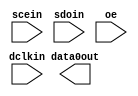


module alta_asmiblock (
    dclkin,
    scein,
    sdoin,
    data0out,
    oe
    );

//parameter coord_x  = 0;
//parameter coord_y  = 0;
//parameter coord_z  = 0;
parameter lpm_type = "alta_asmiblock";

input dclkin;
input scein;
input sdoin;
input oe;
output data0out;

endmodule  // alta_asmiblock
module alta_asyncctrl(Din, Dout);

parameter AsyncCtrlMux = 2'b10;

//parameter coord_x  = 0;
//parameter coord_y  = 0;
//parameter coord_z  = 0;
parameter lpm_type = "alta_asyncctrl";

input  Din;
output Dout;

endmodule


module alta_boot (
  i_boot,
  im_vector_sel,
  i_osc_enb,
  o_osc,
  devpor,
  devclrn,
  devoe
);

parameter coord_x  = 0;
parameter coord_y  = 0;
parameter coord_z  = 0;
parameter lpm_type = "alta_boot";

input i_boot;
input [1:0] im_vector_sel;
input i_osc_enb;
output o_osc;
input devclrn, devpor, devoe;

endmodule


module alta_bram (
  DataInA,  DataInB,
  AddressA, AddressB,
  DataOutA, DataOutB,
  Clk0, ClkEn0, AsyncReset0,
  Clk1, ClkEn1, AsyncReset1,
  WeRenA, WeRenB,
  devclrn, devpor, devoe
);
input  [17:0]  DataInA,  DataInB;
input  [11:0] AddressA, AddressB;
output [17:0] DataOutA, DataOutB;
input  Clk0, ClkEn0, AsyncReset0;
input  Clk1, ClkEn1, AsyncReset1;
input  WeRenA, WeRenB;
input  devclrn, devpor, devoe;

////parameter coord_x  = 0;
////parameter coord_y  = 0;
////parameter coord_z  = 0;
parameter lpm_type = "alta_bram";

parameter CLKMODE         = 1'b0;
parameter PORTA_WIDTH     = 4'b0000;
parameter PORTB_WIDTH     = 4'b0000;
parameter PORTA_WRITEMODE = 1'b0;
parameter PORTB_WRITEMODE = 1'b0;
parameter PORTA_WRITETHRU = 1'b0;
parameter PORTB_WRITETHRU = 1'b0;
parameter PORTA_OUTREG    = 1'b0;
parameter PORTB_OUTREG    = 1'b0;
parameter PORTB_READONLY  = 1'b0;
parameter INIT_VAL        = 4608'b0;
parameter Clk0CFG         = 2'b0;
parameter Clk1CFG         = 2'b0;

endmodule


module alta_bram9k (
  DataInA,  DataInB,
  AddressA, AddressB,
  ByteEnA,  ByteEnB,
  DataOutA, DataOutB,
  Clk0, ClkEn0, AsyncReset0,
  Clk1, ClkEn1, AsyncReset1,
  WeA, ReA, WeB, ReB,
  AddressStallA, AddressStallB,
  devclrn, devpor, devoe
);
input  [17:0]  DataInA,  DataInB;
input  [12:0] AddressA, AddressB;
input  [ 1:0]  ByteEnA,  ByteEnB;
output [17:0] DataOutA, DataOutB;
input  Clk0, ClkEn0, AsyncReset0;
input  Clk1, ClkEn1, AsyncReset1;
input  WeA, ReA, WeB, ReB;
input  AddressStallA, AddressStallB;
input  devclrn, devpor, devoe;

////parameter coord_x  = 0;
////parameter coord_y  = 0;
////parameter coord_z  = 0;
parameter lpm_type = "alta_bram9k";

parameter CLKMODE         = 2'b0;
parameter PACKEDMODE      = 1'b0;
parameter PORTA_WIDTH     = 5'b0000;
parameter PORTB_WIDTH     = 5'b0000;
parameter PORTA_WRITETHRU = 1'b0;
parameter PORTB_WRITETHRU = 1'b0;
parameter PORTA_CLKIN_EN  = 1'b0;
parameter PORTA_CLKOUT_EN = 1'b0;
parameter PORTB_CLKIN_EN  = 1'b0;
parameter PORTB_CLKOUT_EN = 1'b0;
parameter PORTA_RSTIN_EN  = 1'b0;
parameter PORTA_RSTOUT_EN = 1'b0;
parameter PORTB_RSTIN_EN  = 1'b0;
parameter PORTB_RSTOUT_EN = 1'b0;
parameter PORTA_OUTREG    = 1'b0;
parameter PORTB_OUTREG    = 1'b0;
parameter INIT_VAL        = 9216'b0;
parameter RSEN_DLY        = 2'b0;
parameter DLYTIME         = 2'b0;
parameter Clk0CFG         = 2'b0;
parameter Clk1CFG         = 2'b0;

endmodule


module alta_clk_delay_ctrl (
    clk, 
    delayctrlin, 
    disablecalibration,
    pllcalibrateclkdelayedin,
    devpor, 
    devclrn, 
    clkout
    );
   
//parameter coord_x  = 0;
//parameter coord_y  = 0;
//parameter coord_z  = 0;
parameter lpm_type = "alta_clk_delay_ctrl";

parameter behavioral_sim_delay = 0;
parameter delay_chain          = "54";  // or "1362ps"
parameter delay_chain_mode     = "static";
parameter uses_calibration     = "false";
parameter use_new_style_dq_detection  = "false";
parameter tan_delay_under_delay_ctrl_signal = "unused";
parameter delay_ctrl_sim_delay_15_0  = 512'b00000000000000000000000000000000000000000000000000000000000000000000000000000000000000000000000000000000000000000000000000000000000000000000000000000000000000000000000000000000000000000000000000000000000000000000000000000000000000000000000000000000000000000000000000000000000000000000000000000000000000000000000000000000000000000000000000000000000000000000000000000000000000000000000000000000000000000000000000000000000000000000000000000000000000000000000000000000000000000000000000000000000000000000000000000000;
parameter delay_ctrl_sim_delay_31_16 = 512'b00000000000000000000000000000000000000000000000000000000000000000000000000000000000000000000000000000000000000000000000000000000000000000000000000000000000000000000000000000000000000000000000000000000000000000000000000000000000000000000000000000000000000000000000000000000000000000000000000000000000000000000000000000000000000000000000000000000000000000000000000000000000000000000000000000000000000000000000000000000000000000000000000000000000000000000000000000000000000000000000000000000000000000000000000000000;
parameter delay_ctrl_sim_delay_47_32 = 512'b00000000000000000000000000000000000000000000000000000000000000000000000000000000000000000000000000000000000000000000000000000000000000000000000000000000000000000000000000000000000000000000000000000000000000000000000000000000000000000000000000000000000000000000000000000000000000000000000000000000000000000000000000000000000000000000000000000000000000000000000000000000000000000000000000000000000000000000000000000000000000000000000000000000000000000000000000000000000000000000000000000000000000000000000000000000;
parameter delay_ctrl_sim_delay_63_48 = 512'b00000000000000000000000000000000000000000000000000000000000000000000000000000000000000000000000000000000000000000000000000000000000000000000000000000000000000000000000000000000000000000000000000000000000000000000000000000000000000000000000000000000000000000000000000000000000000000000000000000000000000000000000000000000000000000000000000000000000000000000000000000000000000000000000000000000000000000000000000000000000000000000000000000000000000000000000000000000000000000000000000000000000000000000000000000000;

input clk; 
input [5:0] delayctrlin; 
input disablecalibration;
input pllcalibrateclkdelayedin;
input devpor; 
input devclrn; 
output clkout;
   
endmodule

module alta_clkctrl(
    inclk, 
    clkselect, 
    ena, 
    devpor, 
    devclrn, 
    outclk
    );
   
//parameter coord_x  = 0;
//parameter coord_y  = 0;
//parameter coord_z  = 0;
parameter lpm_type = "alta_clkctrl";

parameter clock_type = "auto";
parameter ena_register_mode = "falling edge";

input [3:0] inclk;
input [1:0] clkselect;
input ena; 
input devpor; 
input devclrn; 
output outclk;

endmodule


module alta_clkenctrl(ClkIn, ClkEn, ClkOut);

parameter ClkMux = 2'b10;
parameter ClkEnMux = 2'b10;

//parameter coord_x  = 0;
//parameter coord_y  = 0;
//parameter coord_z  = 0;
parameter lpm_type = "alta_clkenctrl";

input ClkIn, ClkEn;
output ClkOut;

endmodule


module alta_crcblock (
    clk,
    shiftnld,
    ldsrc,
    crcerror,
    regout
    );

input clk;
input shiftnld;
input ldsrc;
output crcerror;
output regout;

//parameter coord_x  = 0;
//parameter coord_y  = 0;
//parameter coord_z  = 0;
parameter lpm_type = "alta_crcblock";

parameter oscillator_divider = 1;

endmodule

module alta_dio (
  padio, datain, datainh, oe, outclk, outclkena, inclk, inclkena, areset, sreset, combout, regout,
  devclrn, devpor, devoe, differentialin, differentialout, linkin, linkout
);

inout  padio;
input  datain, datainh, oe, outclk, outclkena, inclk, inclkena, areset, sreset;
output combout, regout;
input  devclrn, devpor, devoe;
input  linkin;
input  differentialin;
output differentialout;
output linkout;

parameter lpm_type = "alta_dio";

parameter IN_ASYNC_MODE     = 1'b0;
parameter IN_SYNC_MODE      = 1'b0;
parameter IN_POWERUP        = 1'b0;
parameter IN_ASYNC_DISABLE  = 1'b0;
parameter IN_SYNC_DISABLE   = 1'b0;
parameter OUT_REG_MODE      = 1'b0;
parameter OUT_ASYNC_MODE    = 1'b0;
parameter OUT_SYNC_MODE     = 1'b0;
parameter OUT_POWERUP       = 1'b0;
parameter OUT_CLKEN_DISABLE = 1'b0;
parameter OUT_ASYNC_DISABLE = 1'b0;
parameter OUT_SYNC_DISABLE  = 1'b0;
parameter OUT_DDIO          = 1'b0;
parameter OE_REG_MODE       = 1'b0;
parameter OE_ASYNC_MODE     = 1'b0;
parameter OE_SYNC_MODE      = 1'b0;
parameter OE_POWERUP        = 1'b0;
parameter OE_CLKEN_DISABLE  = 1'b0;
parameter OE_ASYNC_DISABLE  = 1'b0;
parameter OE_SYNC_DISABLE   = 1'b0;
parameter OE_DDIO           = 1'b0;
parameter inclkCFG          = 2'b0;
parameter outclkCFG         = 2'b0;

parameter CFG_TRI_INPUT     = 1'b0;
parameter CFG_PULL_UP       = 1'b0;
parameter CFG_OPEN_DRAIN    = 1'b0;
parameter CFG_ROCT_CAL_EN   = 1'b0;
parameter CFG_PDRV          = 7'b0010000;
parameter CFG_NDRV          = 7'b0010000;
parameter CFG_KEEP          = 2'b0;
parameter CFG_LVDS_OUT_EN   = 1'b0;
parameter CFG_LVDS_SEL_CUA  = 3'b0;
parameter CFG_LVDS_IREF     = 10'b0110000000;
parameter CFG_LVDS_IN_EN    = 1'b0;
parameter CFG_SSTL_OUT_EN   = 1'b0;
parameter CFG_SSTL_INPUT_EN = 1'b0;
parameter CFG_SSTL_SEL_CUA  = 3'b011;
parameter CFG_OSCDIV        = 2'b0;
parameter CFG_ROCTUSR       = 1'b0;
parameter CFG_SEL_CUA       = 1'b0;
parameter CFG_ROCT_EN       = 1'b0;

parameter OUT_DELAY      = 1'b0;
parameter IN_DATA_DELAY  = 3'b0;
parameter IN_REG_DELAY   = 3'b0;
parameter DPCLK_DELAY    = 4'b0;

endmodule

module alta_dpclkdel(clkin, clkout);
input  clkin;
output clkout;
endmodule

module alta_gclkgen(clkin, ena, clkout);
input  clkin, ena;
output clkout;
parameter ena_reg_mode = 1'b0;
endmodule

module alta_gclkgen2(clkin, ena, mode, clkout);
input  clkin, ena, mode;
output clkout;

endmodule

module alta_gclksel(clkin, select, clkout);
input  [3:0] clkin;
input  [1:0] select;
output clkout;
endmodule

module alta_i2c (
  Clk, Rst,
  WrRdn, Strobe,
  Sdai, Scli,
  DataIn, Address,
  Wakeup, Irq, Ack,
  Sdao, Sclo,
  DataOut,
  devpor,
  devclrn,
  devoe
);
input Clk, Rst;
input WrRdn, Strobe;
input Sdai, Scli;
input [7:0] DataIn;
input [7:0] Address;
output Wakeup, Irq, Ack;
output Sdao, Sclo;
output [7:0] DataOut;
input devclrn, devpor, devoe;

parameter lpm_type = "alta_i2c";
parameter SLOT_ID = 4'b0000;
parameter ClkCFG  = 2'b0;

endmodule


module alta_io (
    datain, oe,
    outclk, outclkena, inclk, inclkena, areset, sreset,
    devclrn, devpor, devoe,
    linkin,
    differentialin,
    differentialout,
    padio,
    combout, regout,
    linkout
    );

parameter PRG_DELAYB = "1'bx";
parameter RX_SEL     = "1'bx";
parameter PDCNTL     = "2'bxx";
parameter NDCNTL     = "2'bxx";
parameter PRG_SLR    = "1'bx";
parameter CFG_KEEP   = "2'bxx";
parameter PU         = "4'bxxxx";

parameter PRG_DELAYB_P = "1'bx";
parameter RX_SEL_P     = "1'bx";
parameter PDCNTL_P     = "2'bxx";
parameter NDCNTL_P     = "2'bxx";
parameter PRG_SLR_P    = "1'bx";
parameter CFG_KEEP_P   = "2'bxx";

parameter PRG_DELAYB_N = "1'bx";
parameter RX_SEL_N     = "1'bx";
parameter PDCNTL_N     = "2'bxx";
parameter NDCNTL_N     = "2'bxx";
parameter PRG_SLR_N    = "1'bx";
parameter CFG_KEEP_N   = "2'bxx";

parameter LVDS_RSDS_IREF   = "12'bxxxxxxxxxxxx";
parameter CFG_LVDS_RSDS_EN = "1'bx";

//parameter coord_x  = 0;
//parameter coord_y  = 0;
//parameter coord_z  = 0;
parameter lpm_type = "alta_io";

parameter operation_mode = "input";
parameter open_drain_output = "false";
parameter bus_hold = "false";

inout	padio;
input	datain, oe;
input	outclk, outclkena, inclk, inclkena, areset, sreset;
input	devclrn, devpor, devoe;
input   linkin;
input	differentialin;
output	differentialout;
output	combout, regout;
output  linkout;

endmodule


module alta_io_gclk(
    inclk, 
    outclk
    );
   
//parameter coord_x  = 0;
//parameter coord_y  = 0;
//parameter coord_z  = 0;
parameter lpm_type = "alta_io_gclk";

parameter clock_type = "global clock";
parameter ena_register_mode = "none";

input  inclk;
output outclk;

endmodule

module alta_irda (
  ir_clk, ir_reset,
  cal_en, tia_reset,
  pu_ivref, pu_pga, pu_dac,
  vip, vin,
  irx_data, cal_ready, dac_cal_reg,
  devpor, devclrn, devoe
);
input ir_clk;
input ir_reset;
input cal_en;
input pu_ivref;
input pu_pga;
input pu_dac;
input tia_reset;
input vip;
input vin;
output irx_data;
output cal_ready;
output [7:0] dac_cal_reg;
input devclrn, devpor, devoe;

parameter lpm_type = "alta_irda";
parameter CFG_IRIP_EN         = 1'b1;
parameter CLK_SEL_SYS         = 1'b0;
parameter CLK_DIV_CMP_SYS     = 3'b010;
parameter CLK_DIV_SYS         = 3'b010;
parameter PU_HYSTER_SYS       = 1'b0;
parameter REG_BYPASS_SYS      = 1'b0;
parameter OUTPUT_SEL_SYS      = 1'b0;
parameter CAL_READY_REG_SYS   = 1'b0;
parameter CAL_READY_DR_SYS    = 1'b0;
parameter CAL_TIME_SYS        = 2'b10;
parameter CAL_DELAY_SYS       = 2'b10;
parameter CAL_SPEED_SYS       = 2'b10;
parameter DC_ACC_GAIN_SYS     = 3'b001;
parameter BYPASS_DC_CALC_SYS  = 1'b0;
parameter DC_TIME_SEL_SYS     = 3'b0;
parameter REG_VBIT_SYS        = 2'b01;
parameter RX_CAL_BIT_SYS      = 8'b10000000;
parameter RX_CAL_BIT_DR_SYS   = 1'b0;
parameter RX_DC_POLARITY_SYS  = 1'b0;
parameter RX_CAL_POLARITY_SYS = 1'b0;
parameter DC_GAIN_SYS         = 5'b10000;
parameter DAC_GAIN_SYS        = 2'b01;
parameter DAC_RANGE_SYS       = 2'b01;
parameter PGA_CAP_BIT_SYS     = 4'b1000;
parameter PGA_CAP_EN_SYS      = 1'b0;
parameter PGA_CAL_MODE_SYS    = 1'b0;
parameter PGA_GAIN2_SYS       = 2'b01;
parameter PGA_GAIN_SYS        = 3'b100;
parameter DIFF_EN_SYS         = 1'b0;
parameter TIA_GAIN_SYS        = 2'b01;
parameter BG_SEL_SYS          = 1'b0;

endmodule


module alta_jtag (
    tdouser,
    tmsutap,
    tckutap,
    tdiutap,
    shiftuser,
    clkdruser,
    updateuser,
    runidleuser,
    usr1user
    );

//parameter coord_x  = 0;
//parameter coord_y  = 0;
//parameter coord_z  = 0;
parameter lpm_type = "alta_jtag";

input tdouser;

output tmsutap;
output tckutap;
output tdiutap;
output shiftuser;
output clkdruser;
output updateuser;
output runidleuser;
output usr1user;

endmodule


module alta_mac_mult(
    dataa, 
    datab,
    signa, 
    signb,
    clk, 
    aclr, 
    ena,
    dataout,
    devclrn,
    devpor
    );
    
//parameter coord_x  = 0;
//parameter coord_y  = 0;
//parameter coord_z  = 0;
parameter lpm_type = "alta_mac_mult";

parameter dataa_width   = 18;
parameter datab_width   = 18;
parameter dataa_clock	= "none";
parameter datab_clock	= "none";
parameter signa_clock	= "none"; 
parameter signb_clock	= "none";
parameter lpm_hint      = "true";

input [dataa_width-1:0] dataa;
input [datab_width-1:0] datab;
input signa;
input signb;
input clk;
input aclr;
input ena;
input devclrn;
input devpor;
output [dataa_width+datab_width-1:0]	dataout;
    
endmodule


module alta_mac_out (
    dataa, 
    clk,
    aclr,
    ena,
    dataout,
    devclrn,
    devpor
    );
 
//parameter coord_x  = 0;
//parameter coord_y  = 0;
//parameter coord_z  = 0;
parameter lpm_type = "alta_mac_out";

parameter dataa_width   = 36;
parameter lpm_hint      = "true";
parameter output_clock  = "none";

input	[dataa_width-1:0]	dataa;
output	[dataa_width-1:0]	dataout;
input   clk;
input   aclr;
input   ena;
input 	devclrn;
input 	devpor;

endmodule

module alta_mcu (
  CLK,
  JTCK,
  POR_n,
  EXT_CPU_RST_n,
  JTRST_n,
  UART_RXD,
  UART_CTS_n,
  JTDI,
  JTMS,
  EXT_RAM_EN,
  EXT_RAM_WR,
  EXT_RAM_ADDR,
  EXT_RAM_BYTE_EN,
  EXT_RAM_WDATA,
  FLASH_BIAS,
  HRESP_EXT,
  HREADY_OUT_EXT,
  HRDATA_EXT,
  HTRANS_EXT,
  HADDR_EXT,
  HWRITE_EXT,
  HSEL_EXT,
  HWDATA_EXT,
  HSIZE_EXT,
  HREADY_IN_EXT,
  FLASH_SCK,
  FLASH_CS_n,
  UART_TXD,
  UART_RTS_n,
  JTDO,
  EXT_RAM_RDATA,
  FLASH_IO0_SI,
  FLASH_IO1_SO,
  FLASH_IO2_WPn,
  FLASH_IO3_HOLDn,
  FLASH_IO0_SI_i,
  FLASH_IO1_SO_i,
  FLASH_IO2_WPn_i,
  FLASH_IO3_HOLDn_i,
  FLASH_SI_OE,
  FLASH_SO_OE,
  WPn_IO2_OE,
  HOLDn_IO3_OE,
  GPIO0_I,
  GPIO1_I,
  GPIO2_I,
  GPIO0_O,
  GPIO1_O,
  GPIO2_O,
  nGPEN0,
  nGPEN1,
  nGPEN2,
  devpor,
  devclrn,
  devoe
);
input CLK;
input JTCK;
input POR_n;
input EXT_CPU_RST_n;
input JTRST_n;
input UART_RXD;
input UART_CTS_n;
input JTDI;
input JTMS;
input EXT_RAM_EN;
input EXT_RAM_WR;
input [13:0] EXT_RAM_ADDR;
input [3:0] EXT_RAM_BYTE_EN;
input [31:0] EXT_RAM_WDATA;
input [23:0] FLASH_BIAS;
input [1:0] HRESP_EXT;
input HREADY_OUT_EXT;
input [31:0] HRDATA_EXT;
output [1:0] HTRANS_EXT;
output [31:0] HADDR_EXT;
output HWRITE_EXT;
output HSEL_EXT;
output [31:0] HWDATA_EXT;
output [2:0] HSIZE_EXT;
output HREADY_IN_EXT;
output FLASH_SCK;
output FLASH_CS_n;
output UART_TXD;
output UART_RTS_n;
output JTDO;
output [31:0] EXT_RAM_RDATA;
output FLASH_IO0_SI;
output FLASH_IO1_SO;
output FLASH_IO2_WPn;
output FLASH_IO3_HOLDn;
input  FLASH_IO0_SI_i;
input  FLASH_IO1_SO_i;
input  FLASH_IO2_WPn_i;
input  FLASH_IO3_HOLDn_i;
output FLASH_SI_OE;
output FLASH_SO_OE;
output WPn_IO2_OE;
output HOLDn_IO3_OE;
input [7:0]  GPIO0_I;
input [7:0]  GPIO1_I;
input [7:0]  GPIO2_I;
output [7:0] GPIO0_O;
output [7:0] GPIO1_O;
output [7:0] GPIO2_O;
output [7:0] nGPEN0;
output [7:0] nGPEN1;
output [7:0] nGPEN2;
input  devclrn, devpor, devoe;
parameter CLKCFG = 2'b0;
endmodule

module alta_mcu_m3 (
  CLK,
  JTCK,
  POR_n,
  EXT_CPU_RST_n,
  JTRST_n,
  UART_RXD,
  UART_CTS_n,
  JTDI,
  JTMS,
  SWDO,         
  SWDOEN,         
  EXT_RAM_EN,
  EXT_RAM_WR,
  EXT_RAM_ADDR,
  EXT_RAM_BYTE_EN,
  EXT_RAM_WDATA,
  HRESP_EXT,
  HREADY_OUT_EXT,
  HRDATA_EXT,
  HTRANS_EXT,
  HADDR_EXT,
  HWRITE_EXT,
  HSEL_EXT,
  HWDATA_EXT,
  HSIZE_EXT,
  HREADY_IN_EXT,
  HRESP_EXTM,
  HREADY_OUT_EXTM,
  HRDATA_EXTM,
  HTRANS_EXTM,
  HADDR_EXTM,
  HWRITE_EXTM,
  HSEL_EXTM,
  HWDATA_EXTM,
  HSIZE_EXTM,
  HREADY_IN_EXTM,
  HBURSTM,
  HPROTM,
  FLASH_SCK,
  FLASH_CS_n,
  UART_TXD,
  UART_RTS_n,
  JTDO,
  EXT_RAM_RDATA,
  FLASH_IO0_SI,
  FLASH_IO1_SO,
  FLASH_IO2_WPn,
  FLASH_IO3_HOLDn,
  FLASH_IO0_SI_i,
  FLASH_IO1_SO_i,
  FLASH_IO2_WPn_i,
  FLASH_IO3_HOLDn_i,
  FLASH_SI_OE,
  FLASH_SO_OE,
  WPn_IO2_OE,
  HOLDn_IO3_OE,
  GPIO0_I,
  GPIO1_I,
  GPIO2_I,
  GPIO0_O,
  GPIO1_O,
  GPIO2_O,
  nGPEN0,
  nGPEN1,
  nGPEN2,
  devpor,
  devclrn,
  devoe
);
input CLK;
input JTCK;
input POR_n;
input EXT_CPU_RST_n;
input JTRST_n;
input UART_RXD;
input UART_CTS_n;
input JTDI;
input JTMS;
output SWDO;         
output SWDOEN;         
input EXT_RAM_EN;
input EXT_RAM_WR;
input [14:0] EXT_RAM_ADDR;
input [3:0] EXT_RAM_BYTE_EN;
input [31:0] EXT_RAM_WDATA;
input [1:0] HRESP_EXT;
input HREADY_OUT_EXT;
input [31:0] HRDATA_EXT;
output [1:0] HTRANS_EXT;
output [31:0] HADDR_EXT;
output HWRITE_EXT;
output HSEL_EXT;
output [31:0] HWDATA_EXT;
output [2:0] HSIZE_EXT;
output HREADY_IN_EXT;
output [1:0] HRESP_EXTM;
output HREADY_OUT_EXTM;
output [31:0] HRDATA_EXTM;
input [1:0] HTRANS_EXTM;
input [31:0] HADDR_EXTM;
input HWRITE_EXTM;
input HSEL_EXTM;
input [31:0] HWDATA_EXTM;
input [2:0] HSIZE_EXTM;
input HREADY_IN_EXTM;	
input [2:0]   HBURSTM;
input [3:0]   HPROTM;
output FLASH_SCK;
output FLASH_CS_n;
output UART_TXD;
output UART_RTS_n;
output JTDO;
output [31:0] EXT_RAM_RDATA;
output FLASH_IO0_SI;
output FLASH_IO1_SO;
output FLASH_IO2_WPn;
output FLASH_IO3_HOLDn;
input  FLASH_IO0_SI_i;
input  FLASH_IO1_SO_i;
input  FLASH_IO2_WPn_i;
input  FLASH_IO3_HOLDn_i;
output FLASH_SI_OE;
output FLASH_SO_OE;
output WPn_IO2_OE;
output HOLDn_IO3_OE;
input [7:0]  GPIO0_I;
input [7:0]  GPIO1_I;
input [7:0]  GPIO2_I;
output [7:0] GPIO0_O;
output [7:0] GPIO1_O;
output [7:0] GPIO2_O;
output [7:0] nGPEN0;
output [7:0] nGPEN1;
output [7:0] nGPEN2;
input  devclrn, devpor, devoe;
parameter FLASH_BIAS = 24'b0;
parameter CLK_FREQ   = 8'b0;
parameter BOOT_DELAY = 1'b0;
parameter CLKCFG     = 2'b0;
endmodule

module alta_mult (
  Clk, ClkEn, AsyncReset,
  SignA, SignB,
  DataInA0, DataInB0, DataInA1, DataInB1,
  DataOut0, DataOut1,
  devpor,
  devclrn,
  devoe
);
input  Clk, ClkEn, AsyncReset;
input  SignA, SignB;
input  [8:0] DataInA0, DataInB0, DataInA1, DataInB1;
output [17:0] DataOut0, DataOut1;
input  devclrn, devpor, devoe;

parameter lpm_type = "alta_mult";
parameter MULT_MODE    = 1'b0; // 0: 18x18, 1: 9x9
parameter PORTA_INREG0 = 1'b0;
parameter PORTA_INREG1 = 1'b0;
parameter PORTB_INREG0 = 1'b0;
parameter PORTB_INREG1 = 1'b0;
parameter SIGNA_REG    = 1'b0;
parameter SIGNB_REG    = 1'b0;
parameter OUTREG0      = 1'b0;
parameter OUTREG1      = 1'b0;
parameter ClkCFG       = 2'b0;

endmodule

module alta_multm (
  Clk0, ClkEn0, AsyncReset0,
  Clk1, ClkEn1, AsyncReset1,
  SignA, SignB, SignW,
  InModeA, InModeB, InModeW,
  AddSub0, AddSub1,
  OpMode,
  OutMode,
  DataInA0, DataInA1, DataCinA0, DataCinA1,
  DataInB0, DataInB1, DataCinB0, DataCinB1,
  DataInW0, DataInW1, DataCinW0, DataCinW1,
  DataCoutA0, DataCoutA1,
  DataCoutB0, DataCoutB1,
  DataCoutW0, DataCoutW1,
  DataOutCin0, DataOutCin1,
  DataOutCout0, DataOutCout1,
  DataOut0, DataOut1,
  devpor,
  devclrn,
  devoe
);
input  Clk0, ClkEn0, AsyncReset0;
input  Clk1, ClkEn1, AsyncReset1;
input  SignA, SignB, SignW;
input  InModeA, InModeB, InModeW;
input  AddSub0, AddSub1;
input  [1:0] OpMode;
input  [1:0] OutMode;
input  [8:0] DataInA0, DataInA1, DataCinA0, DataCinA1;
input  [8:0] DataInB0, DataInB1, DataCinB0, DataCinB1;
input  [8:0] DataInW0, DataInW1, DataCinW0, DataCinW1;
output [8:0] DataCoutA0, DataCoutA1;
output [8:0] DataCoutB0, DataCoutB1;
output [8:0] DataCoutW0, DataCoutW1;
input  [35:0] DataOutCin0, DataOutCin1;
output [35:0] DataOutCout0, DataOutCout1;
output [17:0] DataOut0, DataOut1;
input  devclrn, devpor, devoe;

parameter lpm_type = "alta_multm";
parameter MULT_MODE     = 2'b0;
parameter PORTA_ASYNC   = 1'b0;
parameter PORTB_ASYNC   = 1'b0;
parameter PORTW_ASYNC   = 1'b0;
parameter SIGNA_ASYNC   = 1'b0;
parameter SIGNB_ASYNC   = 1'b0;
parameter SIGNW_ASYNC   = 1'b0;
parameter ADDSUB0_ASYNC = 1'b0;
parameter ADDSUB1_ASYNC = 1'b0;
parameter OPMODE_ASYNC  = 1'b0;
parameter MULTA_ASYNC   = 1'b0;
parameter MULTB_ASYNC   = 1'b0;
parameter ACCUA_ASYNC   = 1'b0;
parameter ACCUB_ASYNC   = 1'b0;
parameter OUT0_ASYNC    = 1'b0;
parameter OUT1_ASYNC    = 1'b0;
parameter PORTA0_CLK    = 2'b0;
parameter PORTA1_CLK    = 2'b0;
parameter PORTB0_CLK    = 2'b0;
parameter PORTB1_CLK    = 2'b0;
parameter PORTW0_CLK    = 2'b0;
parameter PORTW1_CLK    = 2'b0;
parameter SIGNA_CLK     = 2'b0;
parameter SIGNB_CLK     = 2'b0;
parameter SIGNW_CLK     = 2'b0;
parameter ADDSUB0_CLK   = 2'b0;
parameter ADDSUB1_CLK   = 2'b0;
parameter OPMODE_CLK    = 2'b0;
parameter MULTA_CLK     = 2'b0;
parameter MULTB_CLK     = 2'b0;
parameter ACCUA_CLK     = 2'b0;
parameter ACCUB_CLK     = 2'b0;
parameter OUT0_CLK      = 2'b0;
parameter OUT1_CLK      = 2'b0;
parameter Clk0CFG       = 2'b0;
parameter Clk1CFG       = 2'b0;

endmodule

module alta_oct (
  clkusr, rstnusr,
  octdone, octdoneuser,
  rupcompout, rdncompout,
  rupoctcalnout, rdnoctcalnout
);
input  clkusr, rstnusr;
output octdone, octdoneuser;
output rupcompout, rdncompout;
output rupoctcalnout, rdnoctcalnout;

parameter OCT_CLKDIV = 2'b00;
parameter OCT_EN     = 1'b0;
parameter OCT_USR    = 1'b0;

endmodule

module alta_osc (
  i_osc_enb, o_osc,
  devpor, devclrn, devoe
);
input  i_osc_enb;
output o_osc;
input  devclrn, devpor, devoe;
endmodule


module alta_pll (
  clkin,
  clkfb,
  pllen,
  resetn,
  pfden,
  clkout0,
  clkout1,
  lock,
  devpor,
  devclrn,
  devoe
);

//parameter coord_x  = 0;
//parameter coord_y  = 0;
//parameter coord_z  = 0;
parameter lpm_type = "alta_pll";

parameter CLKIN_DIV     = 6'h1;
parameter CLKFB_DIV     = 6'h1;
parameter CLKOUT0_DIV   = 6'h3f;
parameter CLKOUT1_DIV   = 6'h3f;
parameter CLKOUT0_DEL   = 6'h0;
parameter CLKOUT1_DEL   = 6'h0;
parameter CLKOUT0_PHASE = 3'h0;
parameter CLKOUT1_PHASE = 3'h0;
parameter FEEDBACK_MODE = 1'b0;
parameter FEEDBACK_CLOCK = 1'b0;
parameter CLKOUT0_EN    = 1'h1;
parameter CLKOUT1_EN    = 1'h1;
parameter CLKIN_FREQ    = 10;
parameter CLKFB_FREQ    = 10;
parameter CLKOUT0_FREQ  = 10;
parameter CLKOUT1_FREQ  = 10;

input clkin, clkfb;
input pllen, resetn, pfden;
output clkout0, clkout1;
output lock;
input devclrn, devpor, devoe;

endmodule

module alta_pllv (
  clkin, clkfb,
  pllen, resetn,
  clkout0en, clkout1en, clkout2en, clkout3en, clkout4en,
  clkout0, clkout1, clkout2, clkout3, clkout4,
  clkfbout, lock,
  devpor, devclrn, devoe
);
input  clkin;
input  clkfb;
input  pllen;
input  resetn;
input  clkout0en;
input  clkout1en;
input  clkout2en;
input  clkout3en;
input  clkout4en;
output clkout0;
output clkout1;
output clkout2;
output clkout3;
output clkout4;
output clkfbout;
output lock;
input devpor, devclrn, devoe;

parameter CLKIN_DIV       = 9'b0;
parameter CLKFB_DIV       = 9'b0;
parameter CLKDIV0_EN      = 1'b0;
parameter CLKDIV1_EN      = 1'b0;
parameter CLKDIV2_EN      = 1'b0;
parameter CLKDIV3_EN      = 1'b0;
parameter CLKDIV4_EN      = 1'b0;
parameter CLKOUT0_HIGH    = 8'b0;
parameter CLKOUT0_LOW     = 8'b0;
parameter CLKOUT0_TRIM    = 1'b0;
parameter CLKOUT0_BYPASS  = 1'b0;
parameter CLKOUT1_HIGH    = 8'b0;
parameter CLKOUT1_LOW     = 8'b0;
parameter CLKOUT1_TRIM    = 1'b0;
parameter CLKOUT1_BYPASS  = 1'b0;
parameter CLKOUT2_HIGH    = 8'b0;
parameter CLKOUT2_LOW     = 8'b0;
parameter CLKOUT2_TRIM    = 1'b0;
parameter CLKOUT2_BYPASS  = 1'b0;
parameter CLKOUT3_HIGH    = 8'b0;
parameter CLKOUT3_LOW     = 8'b0;
parameter CLKOUT3_TRIM    = 1'b0;
parameter CLKOUT3_BYPASS  = 1'b0;
parameter CLKOUT4_HIGH    = 8'b0;
parameter CLKOUT4_LOW     = 8'b0;
parameter CLKOUT4_TRIM    = 1'b0;
parameter CLKOUT4_BYPASS  = 1'b0;
parameter CLKOUT0_DEL     = 8'b0;
parameter CLKOUT1_DEL     = 8'b0;
parameter CLKOUT2_DEL     = 8'b0;
parameter CLKOUT3_DEL     = 8'b0;
parameter CLKOUT4_DEL     = 8'b0;
parameter CLKOUT0_PHASE   = 3'b0;
parameter CLKOUT1_PHASE   = 3'b0;
parameter CLKOUT2_PHASE   = 3'b0;
parameter CLKOUT3_PHASE   = 3'b0;
parameter CLKOUT4_PHASE   = 3'b0;
parameter CLKFB_DEL       = 8'b0;
parameter CLKFB_PHASE     = 3'b0;
parameter CLKFB_TRIM      = 1'b0;
parameter FEEDBACK_MODE   = 3'b0;
parameter FBDELAY_VAL     = 3'b0;
parameter PLLOUTP_EN      = 1'b0;
parameter PLLOUTN_EN      = 1'b0;
parameter CLKOUT1_CASCADE = 1'b0;
parameter CLKOUT2_CASCADE = 1'b0;
parameter CLKOUT3_CASCADE = 1'b0;
parameter CLKOUT4_CASCADE = 1'b0;
parameter CP              = 3'b111;
parameter RREF            = 2'b00;
parameter RVI             = 2'b00;

endmodule

module alta_pllve (
  clkin, clkfb,
  pfden, resetn,
  phasecounterselect,
  phaseupdown, phasestep,
  scanclk, scanclkena, scandata, configupdate,
  scandataout, scandone, phasedone,
  clkout0, clkout1, clkout2, clkout3, clkout4,
  clkfbout, lock,
  devpor, devclrn, devoe
);
input  clkin;
input  clkfb;
input  pfden;
input  resetn;
input  [2:0] phasecounterselect;
input  phaseupdown, phasestep;
input  scanclk, scanclkena, scandata, configupdate;
output scandataout, scandone, phasedone;
output clkout0;
output clkout1;
output clkout2;
output clkout3;
output clkout4;
output clkfbout;
output lock;
input devpor, devclrn, devoe;

parameter CLKIN_HIGH      = 8'b0;
parameter CLKIN_LOW       = 8'b0;
parameter CLKIN_TRIM      = 1'b0;
parameter CLKIN_BYPASS    = 1'b0;
parameter CLKFB_HIGH      = 8'b0;
parameter CLKFB_LOW       = 8'b0;
parameter CLKFB_TRIM      = 1'b0;
parameter CLKFB_BYPASS    = 1'b0;
parameter CLKDIV0_EN      = 1'b0;
parameter CLKDIV1_EN      = 1'b0;
parameter CLKDIV2_EN      = 1'b0;
parameter CLKDIV3_EN      = 1'b0;
parameter CLKDIV4_EN      = 1'b0;
parameter CLKOUT0_HIGH    = 8'b0;
parameter CLKOUT0_LOW     = 8'b0;
parameter CLKOUT0_TRIM    = 1'b0;
parameter CLKOUT0_BYPASS  = 1'b0;
parameter CLKOUT1_HIGH    = 8'b0;
parameter CLKOUT1_LOW     = 8'b0;
parameter CLKOUT1_TRIM    = 1'b0;
parameter CLKOUT1_BYPASS  = 1'b0;
parameter CLKOUT2_HIGH    = 8'b0;
parameter CLKOUT2_LOW     = 8'b0;
parameter CLKOUT2_TRIM    = 1'b0;
parameter CLKOUT2_BYPASS  = 1'b0;
parameter CLKOUT3_HIGH    = 8'b0;
parameter CLKOUT3_LOW     = 8'b0;
parameter CLKOUT3_TRIM    = 1'b0;
parameter CLKOUT3_BYPASS  = 1'b0;
parameter CLKOUT4_HIGH    = 8'b0;
parameter CLKOUT4_LOW     = 8'b0;
parameter CLKOUT4_TRIM    = 1'b0;
parameter CLKOUT4_BYPASS  = 1'b0;
parameter CLKOUT0_DEL     = 8'b0;
parameter CLKOUT1_DEL     = 8'b0;
parameter CLKOUT2_DEL     = 8'b0;
parameter CLKOUT3_DEL     = 8'b0;
parameter CLKOUT4_DEL     = 8'b0;
parameter CLKOUT0_PHASE   = 3'b0;
parameter CLKOUT1_PHASE   = 3'b0;
parameter CLKOUT2_PHASE   = 3'b0;
parameter CLKOUT3_PHASE   = 3'b0;
parameter CLKOUT4_PHASE   = 3'b0;
parameter CLKFB_DEL       = 8'b0;
parameter CLKFB_PHASE     = 3'b0;
parameter FEEDBACK_MODE   = 3'b0;
parameter FBDELAY_VAL     = 3'b0;
parameter PLLOUTP_EN      = 1'b0;
parameter PLLOUTN_EN      = 1'b0;
parameter CLKOUT1_CASCADE = 1'b0;
parameter CLKOUT2_CASCADE = 1'b0;
parameter CLKOUT3_CASCADE = 1'b0;
parameter CLKOUT4_CASCADE = 1'b0;
parameter VCO_POST_DIV    = 1'b0;
parameter REG_CTRL        = 2'b10;
parameter CP              = 3'b010;
parameter RREF            = 2'b01;
parameter RVI             = 2'b01;

endmodule


module alta_pllx (
  clkin,
  clkfb,
  pllen,
  resetn,
  clkout0en,
  clkout1en,
  clkout2en,
  clkout3en,
  clkout0,
  clkout1,
  clkout2,
  clkout3,
  lock,
  devpor,
  devclrn,
  devoe
);

//parameter coord_x  = 0;
//parameter coord_y  = 0;
//parameter coord_z  = 0;
parameter lpm_type = "alta_pllx";

parameter CLKIN_DIV     = 6'h1;
parameter CLKFB_DIV     = 6'h1;
parameter CLKDIV0_EN     = 1'b0;
parameter CLKDIV1_EN     = 1'b0;
parameter CLKDIV2_EN     = 1'b0;
parameter CLKDIV3_EN     = 1'b0;
parameter CLKOUT0_DIV   = 6'h3f;
parameter CLKOUT1_DIV   = 6'h3f;
parameter CLKOUT2_DIV   = 6'h3f;
parameter CLKOUT3_DIV   = 6'h3f;
parameter CLKOUT0_DEL   = 6'h0;
parameter CLKOUT1_DEL   = 6'h0;
parameter CLKOUT2_DEL   = 6'h0;
parameter CLKOUT3_DEL   = 6'h0;
parameter CLKOUT0_PHASE = 3'h0;
parameter CLKOUT1_PHASE = 3'h0;
parameter CLKOUT2_PHASE = 3'h0;
parameter CLKOUT3_PHASE = 3'h0;
parameter FEEDBACK_MODE = 1'b0;
parameter FEEDBACK_CLOCK = 2'b0;
parameter CLKIN_FREQ    = 10;
parameter CLKFB_FREQ    = 10;
parameter CLKOUT0_FREQ  = 10;
parameter CLKOUT1_FREQ  = 10;
parameter CLKOUT2_FREQ  = 10;
parameter CLKOUT3_FREQ  = 10;

input clkin, clkfb;
input pllen, resetn;
input clkout0en, clkout1en, clkout2en, clkout3en;
output clkout0, clkout1, clkout2, clkout3;
output lock;
input devclrn, devpor, devoe;

endmodule


module alta_ram_block (
     portadatain,
     portaaddr,
     portawe,
     portbdatain,
     portbaddr,
     portbrewe,
     clk0, clk1,
     ena0, ena1,
     clr0, clr1,
     portabyteenamasks,
     portbbyteenamasks,
     portaaddrstall,
     portbaddrstall,
     devclrn,
     devpor,
     portadataout,
     portbdataout
     );

//parameter coord_x  = 0;
//parameter coord_y  = 0;
//parameter coord_z  = 0;
parameter lpm_type = "alta_ram_block";

parameter operation_mode = "single_port";
parameter mixed_port_feed_through_mode = "dont_care";
parameter ram_block_type = "auto";
parameter logical_ram_name = "ram_name";

parameter init_file = "init_file.hex";
parameter init_file_layout = "none";

parameter data_interleave_width_in_bits = 1;
parameter data_interleave_offset_in_bits = 1;
parameter port_a_logical_ram_depth = 0;
parameter port_a_logical_ram_width = 0;
parameter port_a_first_address = 0;
parameter port_a_last_address = 0;
parameter port_a_first_bit_number = 0;

parameter port_a_data_out_clear = "none";

parameter port_a_data_out_clock = "none";

parameter port_a_data_width = 64;
parameter port_a_address_width = 32;
parameter port_a_byte_enable_mask_width = 8;

parameter port_b_logical_ram_depth = 0;
parameter port_b_logical_ram_width = 0;
parameter port_b_first_address = 0;
parameter port_b_last_address = 0;
parameter port_b_first_bit_number = 0;

parameter port_b_data_in_clear = "none";
parameter port_b_address_clear = "none";
parameter port_b_read_enable_write_enable_clear = "none";
parameter port_b_byte_enable_clear = "none";
parameter port_b_data_out_clear = "none";

parameter port_b_data_in_clock = "clock1";
parameter port_b_address_clock = "clock1";
parameter port_b_read_enable_write_enable_clock = "clock1";
parameter port_b_byte_enable_clock = "clock1";
parameter port_b_data_out_clock = "none";

parameter port_b_data_width = 64;
parameter port_b_address_width = 32;
parameter port_b_byte_enable_mask_width = 8;

parameter power_up_uninitialized = "false";
parameter lpm_hint = "true";
parameter connectivity_checking = "off";

parameter mem_init0 = 2048'b0;
parameter mem_init1 = 2560'b0;

parameter port_a_byte_size = 0;
parameter port_a_disable_ce_on_input_registers = "off";
parameter port_a_disable_ce_on_output_registers = "off";
parameter port_b_byte_size = 0;
parameter port_b_disable_ce_on_input_registers = "off";
parameter port_b_disable_ce_on_output_registers = "off";
parameter safe_write = "err_on_2clk";
parameter init_file_restructured = "unused";

parameter port_a_data_in_clear = "none";
parameter port_a_address_clear = "none";
parameter port_a_write_enable_clear = "none";
parameter port_a_byte_enable_clear = "none";

parameter port_a_data_in_clock = "clock0";
parameter port_a_address_clock = "clock0";
parameter port_a_write_enable_clock = "clock0";
parameter port_a_byte_enable_clock = "clock0";

input portawe;
input [port_a_data_width - 1:0] portadatain;
input [port_a_address_width - 1:0] portaaddr;
input [port_a_byte_enable_mask_width - 1:0] portabyteenamasks;

input portbrewe;
input [port_b_data_width - 1:0] portbdatain;
input [port_b_address_width - 1:0] portbaddr;
input [port_b_byte_enable_mask_width - 1:0] portbbyteenamasks;

input clr0,clr1;
input clk0,clk1;
input ena0,ena1;

input devclrn,devpor;
input portaaddrstall;
input portbaddrstall;
output [port_a_data_width - 1:0] portadataout;
output [port_b_data_width - 1:0] portbdataout;

endmodule

module alta_remote (
  clk, shift, update, din, reconfig, dout,
  devpor, devclrn, devoe
);
input  clk, shift, update, din, reconfig;
output dout;
input  devclrn, devpor, devoe;
endmodule

module alta_rio (
  padio, datain, oe, outclk, outclkena, inclk, inclkena, areset, sreset, combout, regout,
  devclrn, devpor, devoe, differentialin, differentialout, linkin, linkout
);

inout  padio;
input  datain, oe, outclk, outclkena, inclk, inclkena, areset, sreset;
output combout, regout;
input  devclrn, devpor, devoe;
input  linkin;
input  differentialin;
output differentialout;
output linkout;

//parameter coord_x  = 0;
//parameter coord_y  = 0;
//parameter coord_z  = 0;
parameter lpm_type = "alta_rio";

parameter IN_ASYNC_MODE  = 1'b0;
parameter IN_SYNC_MODE   = 1'b0;
parameter IN_POWERUP     = 1'b0;
parameter OUT_REG_MODE   = 1'b0;
parameter OUT_ASYNC_MODE = 1'b0;
parameter OUT_SYNC_MODE  = 1'b0;
parameter OUT_POWERUP    = 1'b0;
parameter OE_REG_MODE    = 1'b0;
parameter OE_ASYNC_MODE  = 1'b0;
parameter OE_SYNC_MODE   = 1'b0;
parameter OE_POWERUP     = 1'b0;
parameter inclkCFG       = 2'b0;
parameter outclkCFG      = 2'b0;

parameter CFG_TRI_INPUT    = 1'b0;
parameter CFG_PULL_UP      = 1'b0;
parameter CFG_SLR          = 1'b0;
parameter CFG_OPEN_DRAIN   = 1'b0;
parameter CFG_PDRCTRL      = 4'b0010;
parameter CFG_KEEP         = 2'b0;
parameter CFG_LVDS_OUT_EN  = 1'b0;
parameter CFG_LVDS_SEL_CUA = 2'b0;
parameter CFG_LVDS_IREF    = 10'b0110000000;
parameter CFG_LVDS_IN_EN   = 1'b0;

parameter OUT_DELAY      = 1'b0;
parameter IN_DATA_DELAY  = 3'b0;
parameter IN_REG_DELAY   = 3'b0;
parameter DPCLK_DELAY    = 4'b0;

endmodule

module alta_saradc (
  adcenb, sclk, insel, refsel,
  divvi8, bgenb, refin, ain,
  db, eoc,
  devpor, devclrn, devoe
);
input  devclrn, devpor, devoe;
input  adcenb, sclk;
input  [3:0] insel;
input  refsel, refin, divvi8, bgenb;
input  [8:0] ain;
output eoc;
output [11:0] db;

parameter sclkCFG = 2'b0;

endmodule


module alta_slice(
    A, B, C, D, Cin, Qin,
    Clk, AsyncReset, SyncReset, ShiftData, SyncLoad,
    LutOut, Cout, Q
    );

// The following 10 bits are actually in LB, will be propagated to each slice by packer for software 
// purpose only. 00: gnd, 01: vcc, 10: signal, 11: !signal
parameter ClkMux = 2'b10;
parameter AsyncResetMux = 2'b10;
parameter SyncResetMux = 2'b10;
parameter SyncLoadMux = 2'b10;
// These control bits are within each slice
parameter mode = "logic";
parameter modeMux = 1'b0; // Duplicat of mode
parameter FeedbackMux = 1'b0;
parameter ShiftMux = 1'b0;
parameter BypassEn = 1'b0;
parameter CarryEnb = 1'b0;

//parameter coord_x  = 0;
//parameter coord_y  = 0;
//parameter coord_z  = 0;
parameter lpm_type = "alta_slice";

parameter mask = 16'hFFFF;

input A, B, C, D, Cin, Qin;
input Clk, AsyncReset, SyncReset, ShiftData, SyncLoad;
output Cout, LutOut, Q;

endmodule

module alta_spi (
  Clk, Rst,
  WrRdn, Strobe,
  DataIn, Address,
  Mi, Si, Scki, Csi,
  Wakeup, Irq, Ack,
  So, Soe, Mo, Moe, Scko, Sckoe,
  Cso, Csoe,
  DataOut,
  devpor,
  devclrn,
  devoe
);
input Clk, Rst;
input WrRdn, Strobe;
input [7:0] DataIn;
input [7:0] Address;
input Mi, Si, Scki, Csi;
output Wakeup, Irq, Ack;
output So, Soe, Mo, Moe, Scko, Sckoe;
output [3:0] Cso;
output [3:0] Csoe;
output [7:0] DataOut;
input devclrn, devpor, devoe;

parameter lpm_type = "alta_spi";
parameter SLOT_ID = 4'b0000;
parameter ClkCFG  = 2'b0;

endmodule


module alta_sram(
  WEna,
  WClk,
  Din,
  WAddr,
  RAddr,
  Dout,
  devpor,
  devclrn,
  devoe
);

//parameter coord_x  = 0;
//parameter coord_y  = 0;
//parameter coord_z  = 0;
parameter lpm_type = "alta_sram";

parameter INIT_VAL = 64'h0;

input WEna, WClk;
input [3:0] Din;
input [3:0] WAddr;
input [3:0] RAddr;
output [3:0] Dout;
input devclrn, devpor, devoe;

endmodule


module alta_syncctrl(Din, Dout);

parameter SyncCtrlMux = 2'b10;

//parameter coord_x  = 0;
//parameter coord_y  = 0;
//parameter coord_z  = 0;
parameter lpm_type = "alta_syncctrl";

input  Din;
output Dout;

endmodule


module alta_ufm (
    i_ufm_set,
    i_program,
    i_erase,
    i_osc_ena,
    i_arclk,
    i_arshift,
    i_ardin,
    i_drdin,
    i_drclk,
    i_drshift,
    i_tdo_u,
    o_tdi_u,
    o_tms_u,
    o_tck_u,
    o_shift_u,
    o_update_u,
    o_runidle_u,
    o_rtp_busy,
    o_ufm_busy,
    o_osc,
    o_drdout,
    o_user1_valid,
    o_user0_valid
    );

//parameter coord_x  = 0;
//parameter coord_y  = 0;
//parameter coord_z  = 0;
parameter lpm_type = "alta_ufm";

input  i_ufm_set                      ;//1: ufm is instantiated by user 0:not    
input  i_program                      ;//Signal that initiates a program sequence
input  i_erase                        ;//Signal that initiates an erase sequence
input  i_osc_ena                      ;//This signal turns on the internal oscillator in the UFM block, and is optional but required when the OSC output is used.
input  i_arclk                        ;//Clock input that controls the address register
input  i_arshift                      ;//Signal that determines whether to shift the address register or increment it on an ARCLK edge.
input  i_ardin                        ;//Serial input to the address register
input  i_drdin                        ;//Serial input to the data register. It is used to enter a data word when writing to the UFM.
input  i_drclk                        ;//Clock input that controls the data register                                                   
input  i_drshift                      ;//Signal that determines whether to shift the data register or load it on a DRCLK edge.
input  i_tdo_u                        ;
output o_tdi_u                        ;
output o_tms_u                        ;
output o_tck_u                        ;
output o_shift_u                      ;
output o_update_u                     ;
output o_runidle_u                    ;
output o_rtp_busy                     ;//This output signal is optional and only needed if the real-time ISP feature is used.
output o_ufm_busy                     ;//Signal that indicates when the memory is BUSY performing a PROGRAM or ERASE instruction.
output o_osc                          ;//Output of the internal oscillator.
output o_drdout                       ;//Serial output of the data register.
output o_user1_valid                  ;
output o_user0_valid                  ;

endmodule


module alta_ufm_gddd(in, out);

//parameter coord_x  = 0;
//parameter coord_y  = 0;
//parameter coord_z  = 0;
parameter lpm_type = "alta_ufm_gddd";

input  in;
output out;

endmodule

module alta_ufml (
  ufm_csn, ufm_sck, ufm_sdi, ufm_sdo,
  devpor, devclrn, devoe
);
input  ufm_csn, ufm_sck, ufm_sdi;
output ufm_sdo;
input  devclrn, devpor, devoe;
endmodule


module alta_ufms (
    i_ufm_set,
    i_osc_ena,
    i_ufm_flash_csn,
    i_ufm_flash_sclk,
    i_ufm_flash_sdi,
    o_osc,
    o_ufm_flash_sdo,
    devpor,
    devclrn,
    devoe
    );

//parameter coord_x  = 0;
//parameter coord_y  = 0;
//parameter coord_z  = 0;
parameter lpm_type = "alta_ufms";

input  i_ufm_set;
input  i_osc_ena;
input  i_ufm_flash_csn;
input  i_ufm_flash_sclk;
input  i_ufm_flash_sdi;
output o_osc;
output o_ufm_flash_sdo;
input	 devclrn, devpor, devoe;

endmodule


module alta_wram(
  WEna,
  WClk,
  Din,
  WAddr,
  RAddr,
  Dout,
  devpor,
  devclrn,
  devoe
);

//parameter coord_x  = 0;
//parameter coord_y  = 0;
//parameter coord_z  = 0;
parameter lpm_type = "alta_wram";

parameter INIT_VAL = 128'h0;

input WEna, WClk;
input [7:0] Din;
input [3:0] WAddr;
input [3:0] RAddr;
output [7:0] Dout;
input devclrn, devpor, devoe;

endmodule